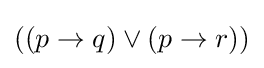
((p\to q)\lor (p\to r))